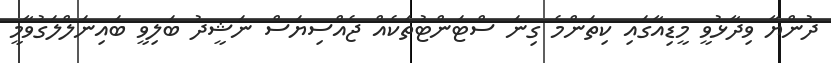
ދުންޔާ ވިދާޅުވީ މީޑިއާގައި ކިތަންމެ ގިނަ ސްޓަންޓުތަކެއް ޖެއްސިޔަސް ނަޝީދު ބަލިވީ ބައިނަލްލަގުވާމީ